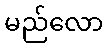
မည်လော